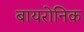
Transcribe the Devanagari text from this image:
बायरोनिक